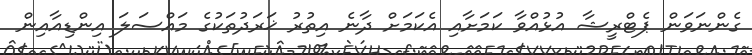
ގެންނަވަން ޕެޓްރީޝާ އުޅުއްވާ ކަމަށާއި އެކަމަށް ދާނެ އިތުރު ޚަރަދުތަކުގެ މައްސަލަ އިންޑިއާއިން